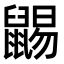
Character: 𪕩